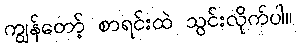
ကျွန်တော့် စာရင်းထဲ သွင်းလိုက်ပါ။